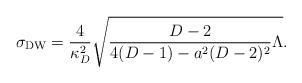
LaTeX: \begin{align*}\sigma_{\rm DW}={4\over{\kappa^2_D}}\sqrt{{{D-2}\over{4(D-1)-a^2(D-2)^2}}\Lambda}.\end{align*}